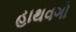
હાથવગો